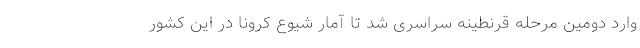
وارد دومین مرحله قرنطینه سراسری شد تا آمار شیوع کرونا در این کشور